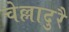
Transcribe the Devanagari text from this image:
चेल्लादुरै